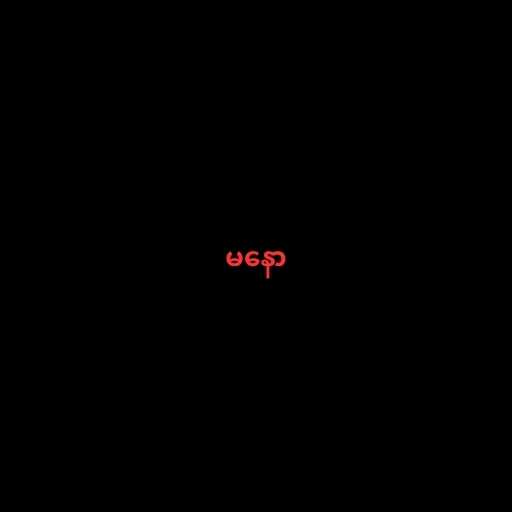
မနော